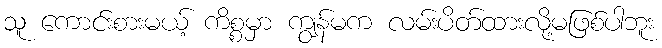
သူ ကောင်းစားမယ့် ကိစ္စမှာ ကျွန်မက လမ်းပိတ်ထားလို့မဖြစ်ပါဘူး